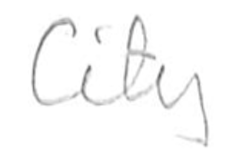
Text: City
Cross-out: clean
Writing tool: pencil